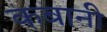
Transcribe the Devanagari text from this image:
कबानी